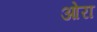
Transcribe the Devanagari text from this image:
ओरा